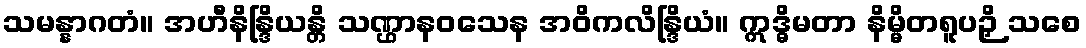
သမန္နာဂတံ။ အဟီနိန္ဒြိယန္တိ သဏ္ဌာနဝသေန အဝိကလိန္ဒြိယံ။ ဣဒ္ဓိမတာ နိမ္မိတရူပဉှိ သစေ